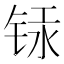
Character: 𰾁